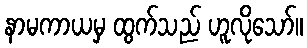
နာမကာယမှ ထွက်သည် ဟူလိုသော်။